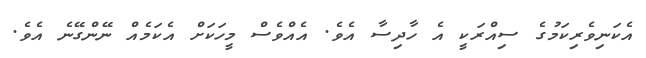
އެކަނިވެރިކަމުގެ ސިއްރަކީ އެ ހާދިސާ އެވެ. އެއްވެސް މީހަކަށް އެކަމެއް ނޭންގޭނެ އެވެ.